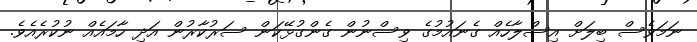
ނަމަވެސް ބިލަށް އިސްލާހެއް ގެނައުމުގެ ވިސްނުން ގެންގުޅޭކަން ސަރުކާރުން އަދި ހާމައެއް ނުކުރެއެވެ.